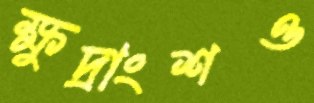
ক্ষুদ্রাংশও